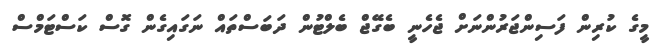
މީގެ ކުރިން ފަސިންޖަރުންނަށް ޖެހެނީ ބެގޭޖް ބެލްޓުން ދަބަސްތައް ނަގައިގެން ގޮސް ކަސްޓަމްސް